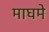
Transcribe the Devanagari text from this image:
माघमे